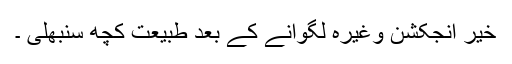
خیر انجکشن وغیرہ لگوانے کے بعد طبیعت کچھ سنبھلی ۔